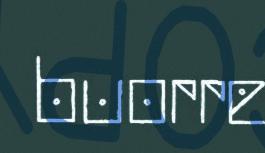
buorre